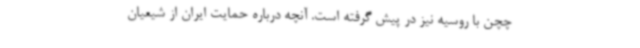
چچن با روسیه نیز در پیش گرفته است. آنچه درباره حمایت ایران از شیعیان